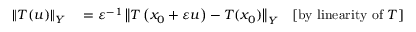
\begin{array} { r l r } { \| T ( u ) \| _ { Y } } & { { } = \varepsilon ^ { - 1 } \left\| T \left( x _ { 0 } + \varepsilon u \right) - T ( x _ { 0 } ) \right\| _ { Y } } & { [ { \mathrm { b y ~ l i n e a r i t y ~ o f ~ } } T ] } \end{array}